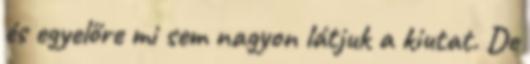
és egyelőre mi sem nagyon látjuk a kiutat. De